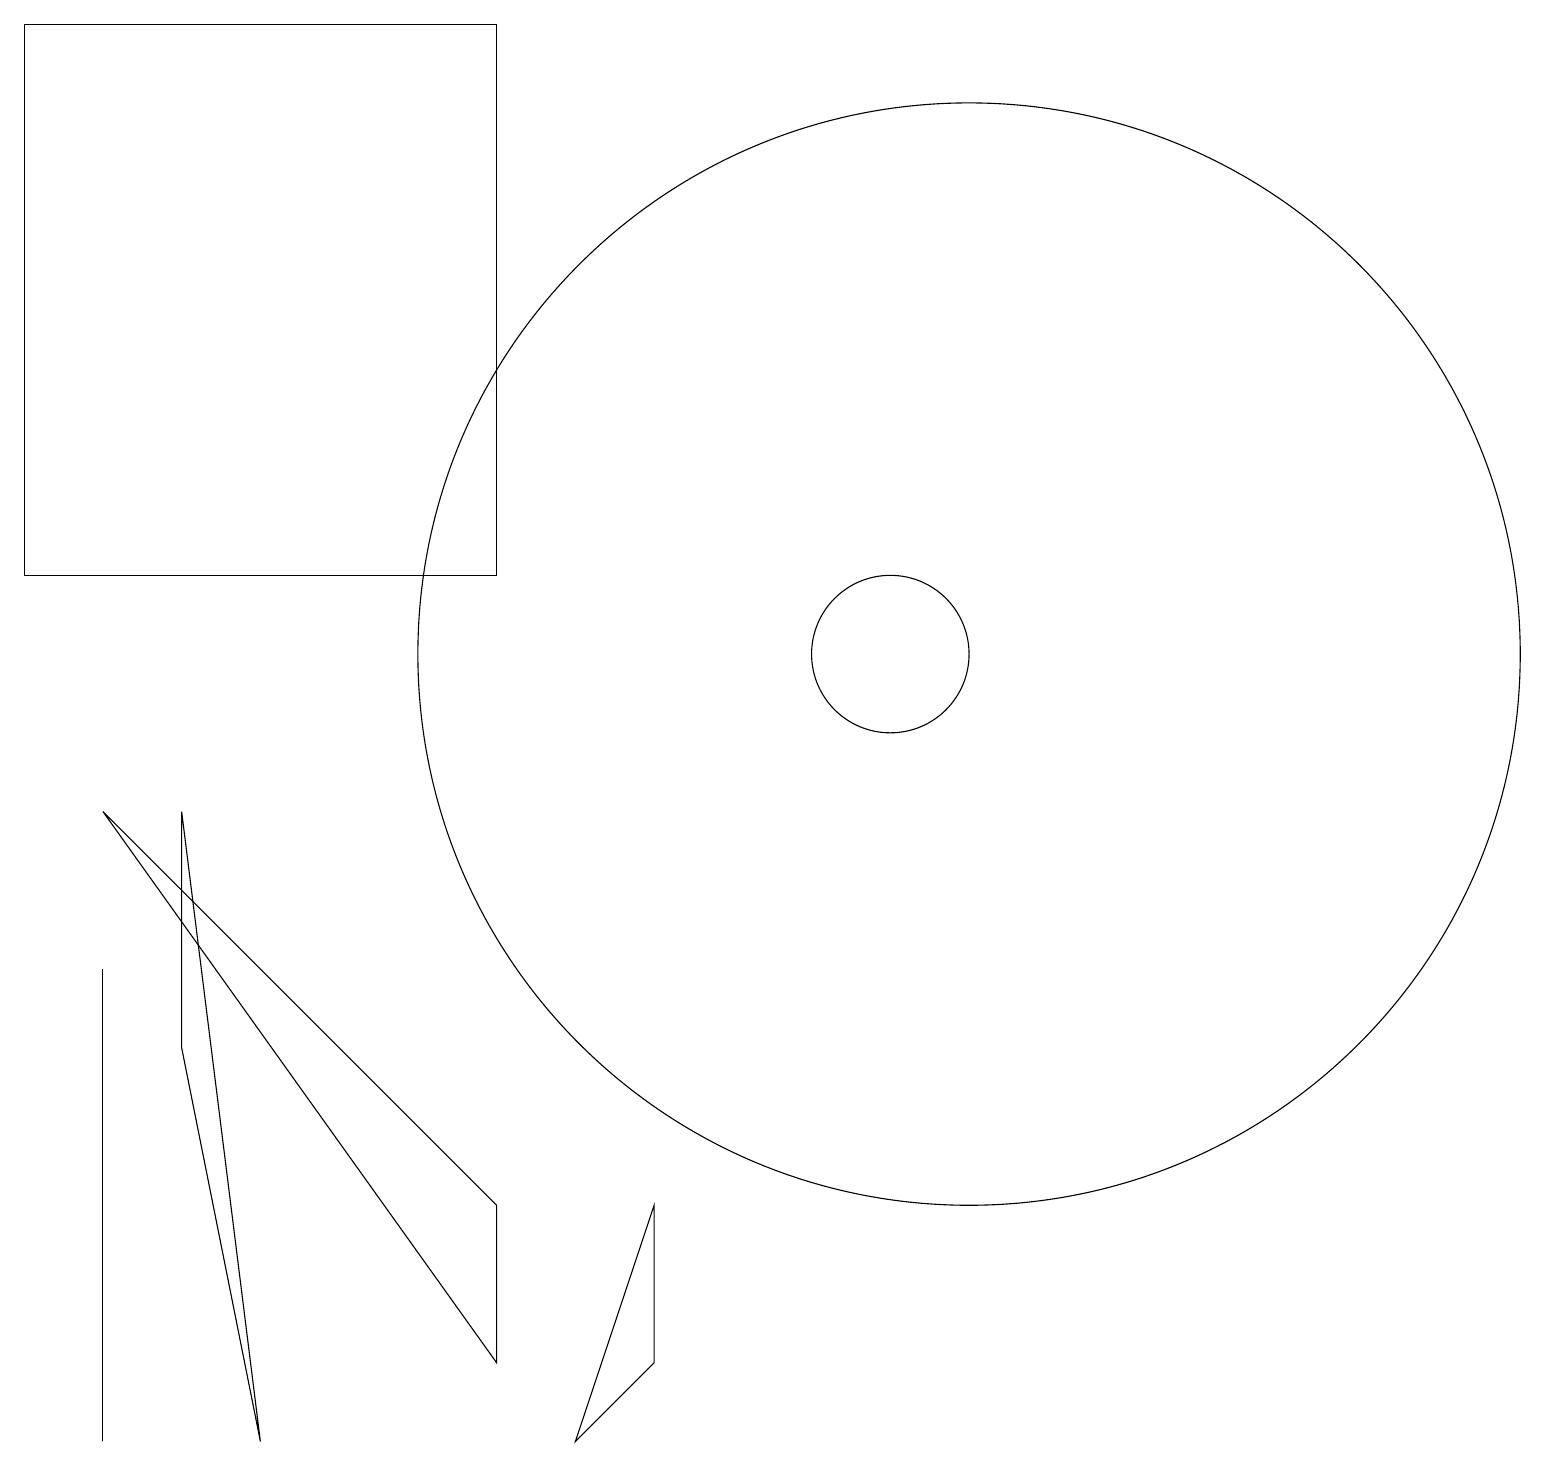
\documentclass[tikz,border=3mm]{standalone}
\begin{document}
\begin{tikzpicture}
\draw (1,6) -- (1,0) -- (1,4) -- cycle;
\draw (7,0) -- (8,1) -- (8,3) -- cycle;
\draw (1,8) -- (6,3) -- (6,1) -- cycle;
\draw (0,11) rectangle (6,18);
\draw (11,10) circle (1);
\draw (12,10) circle (7);
\draw (2,5) -- (2,8) -- (3,0) -- cycle;
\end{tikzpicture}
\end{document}